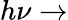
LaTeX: h\nu\rightarrow